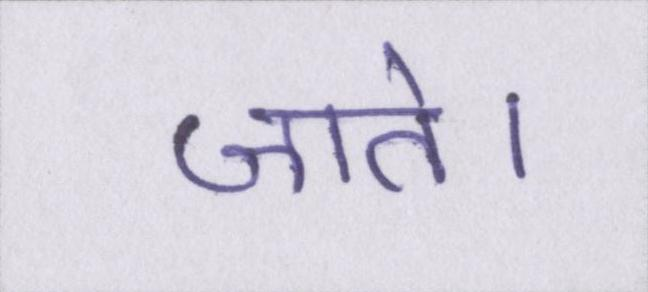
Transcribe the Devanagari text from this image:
जाते।